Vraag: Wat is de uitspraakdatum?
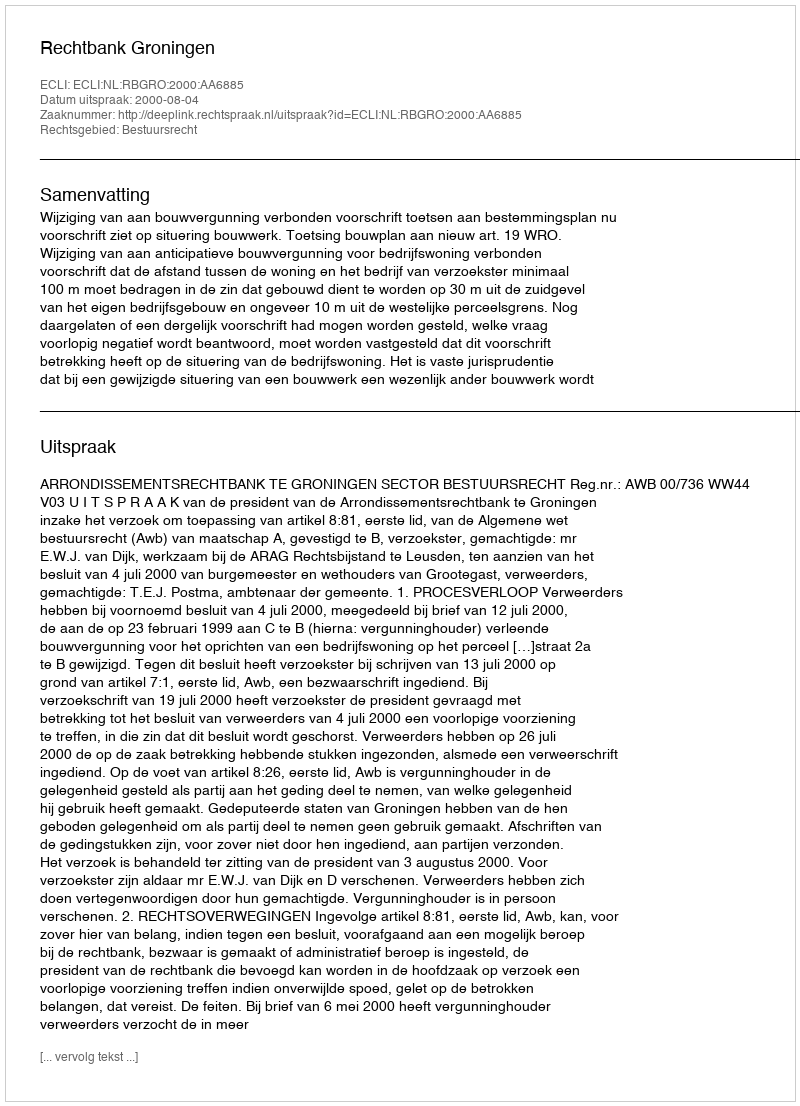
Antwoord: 2000-08-04